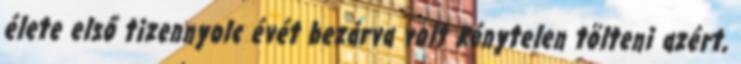
élete első tizennyolc évét bezárva volt kénytelen tölteni azért,